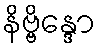
နိဗ္ဗိန္ဒော